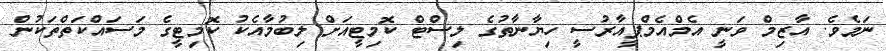
ނަމެވެ. އާޒިމް ވަނީ އެމްއެމްޕީއާރުސީ ހިޔާނާތުގެ ލިސްޓް ކޮމިޓީއަށްް ލިބުމާއެކު ކޮމިޓީގެ މަސައްކަތްތަކުން